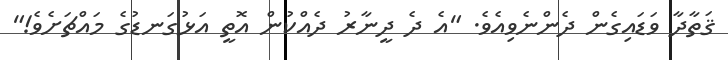
ޤަތާދާ ވަޑައިގެން ދެންނެވިއެވެ. "އެ ދެ ދީނާރު ދެއްކުން އޮތީ އަޅުގަނޑުގެ މައްޗަށެވެ!"